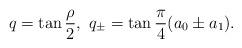
LaTeX: \begin{align*}q=\tan\frac{\rho}{2}, \ q_\pm = \tan\frac{\pi}{4}(a_0\pm a_1).\end{align*}